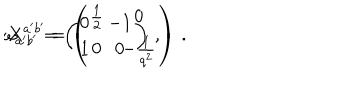
\omega _ { a ^ { \prime } b ^ { \prime } } = \left( \begin{array} { c c } { { 0 } } & { { - 1 } } \\ { { 1 } } & { { 0 } } \\ \end{array} \right) \, , \hspace { 1 c m } X ^ { a ^ { \prime } b ^ { \prime } } = \left( \begin{array} { c c } { { \frac { 1 } { 2 } } } & { { 0 } } \\ { { 0 } } & { { - \frac { 1 } { q ^ { 2 } } } } \\ \end{array} \right) \, .